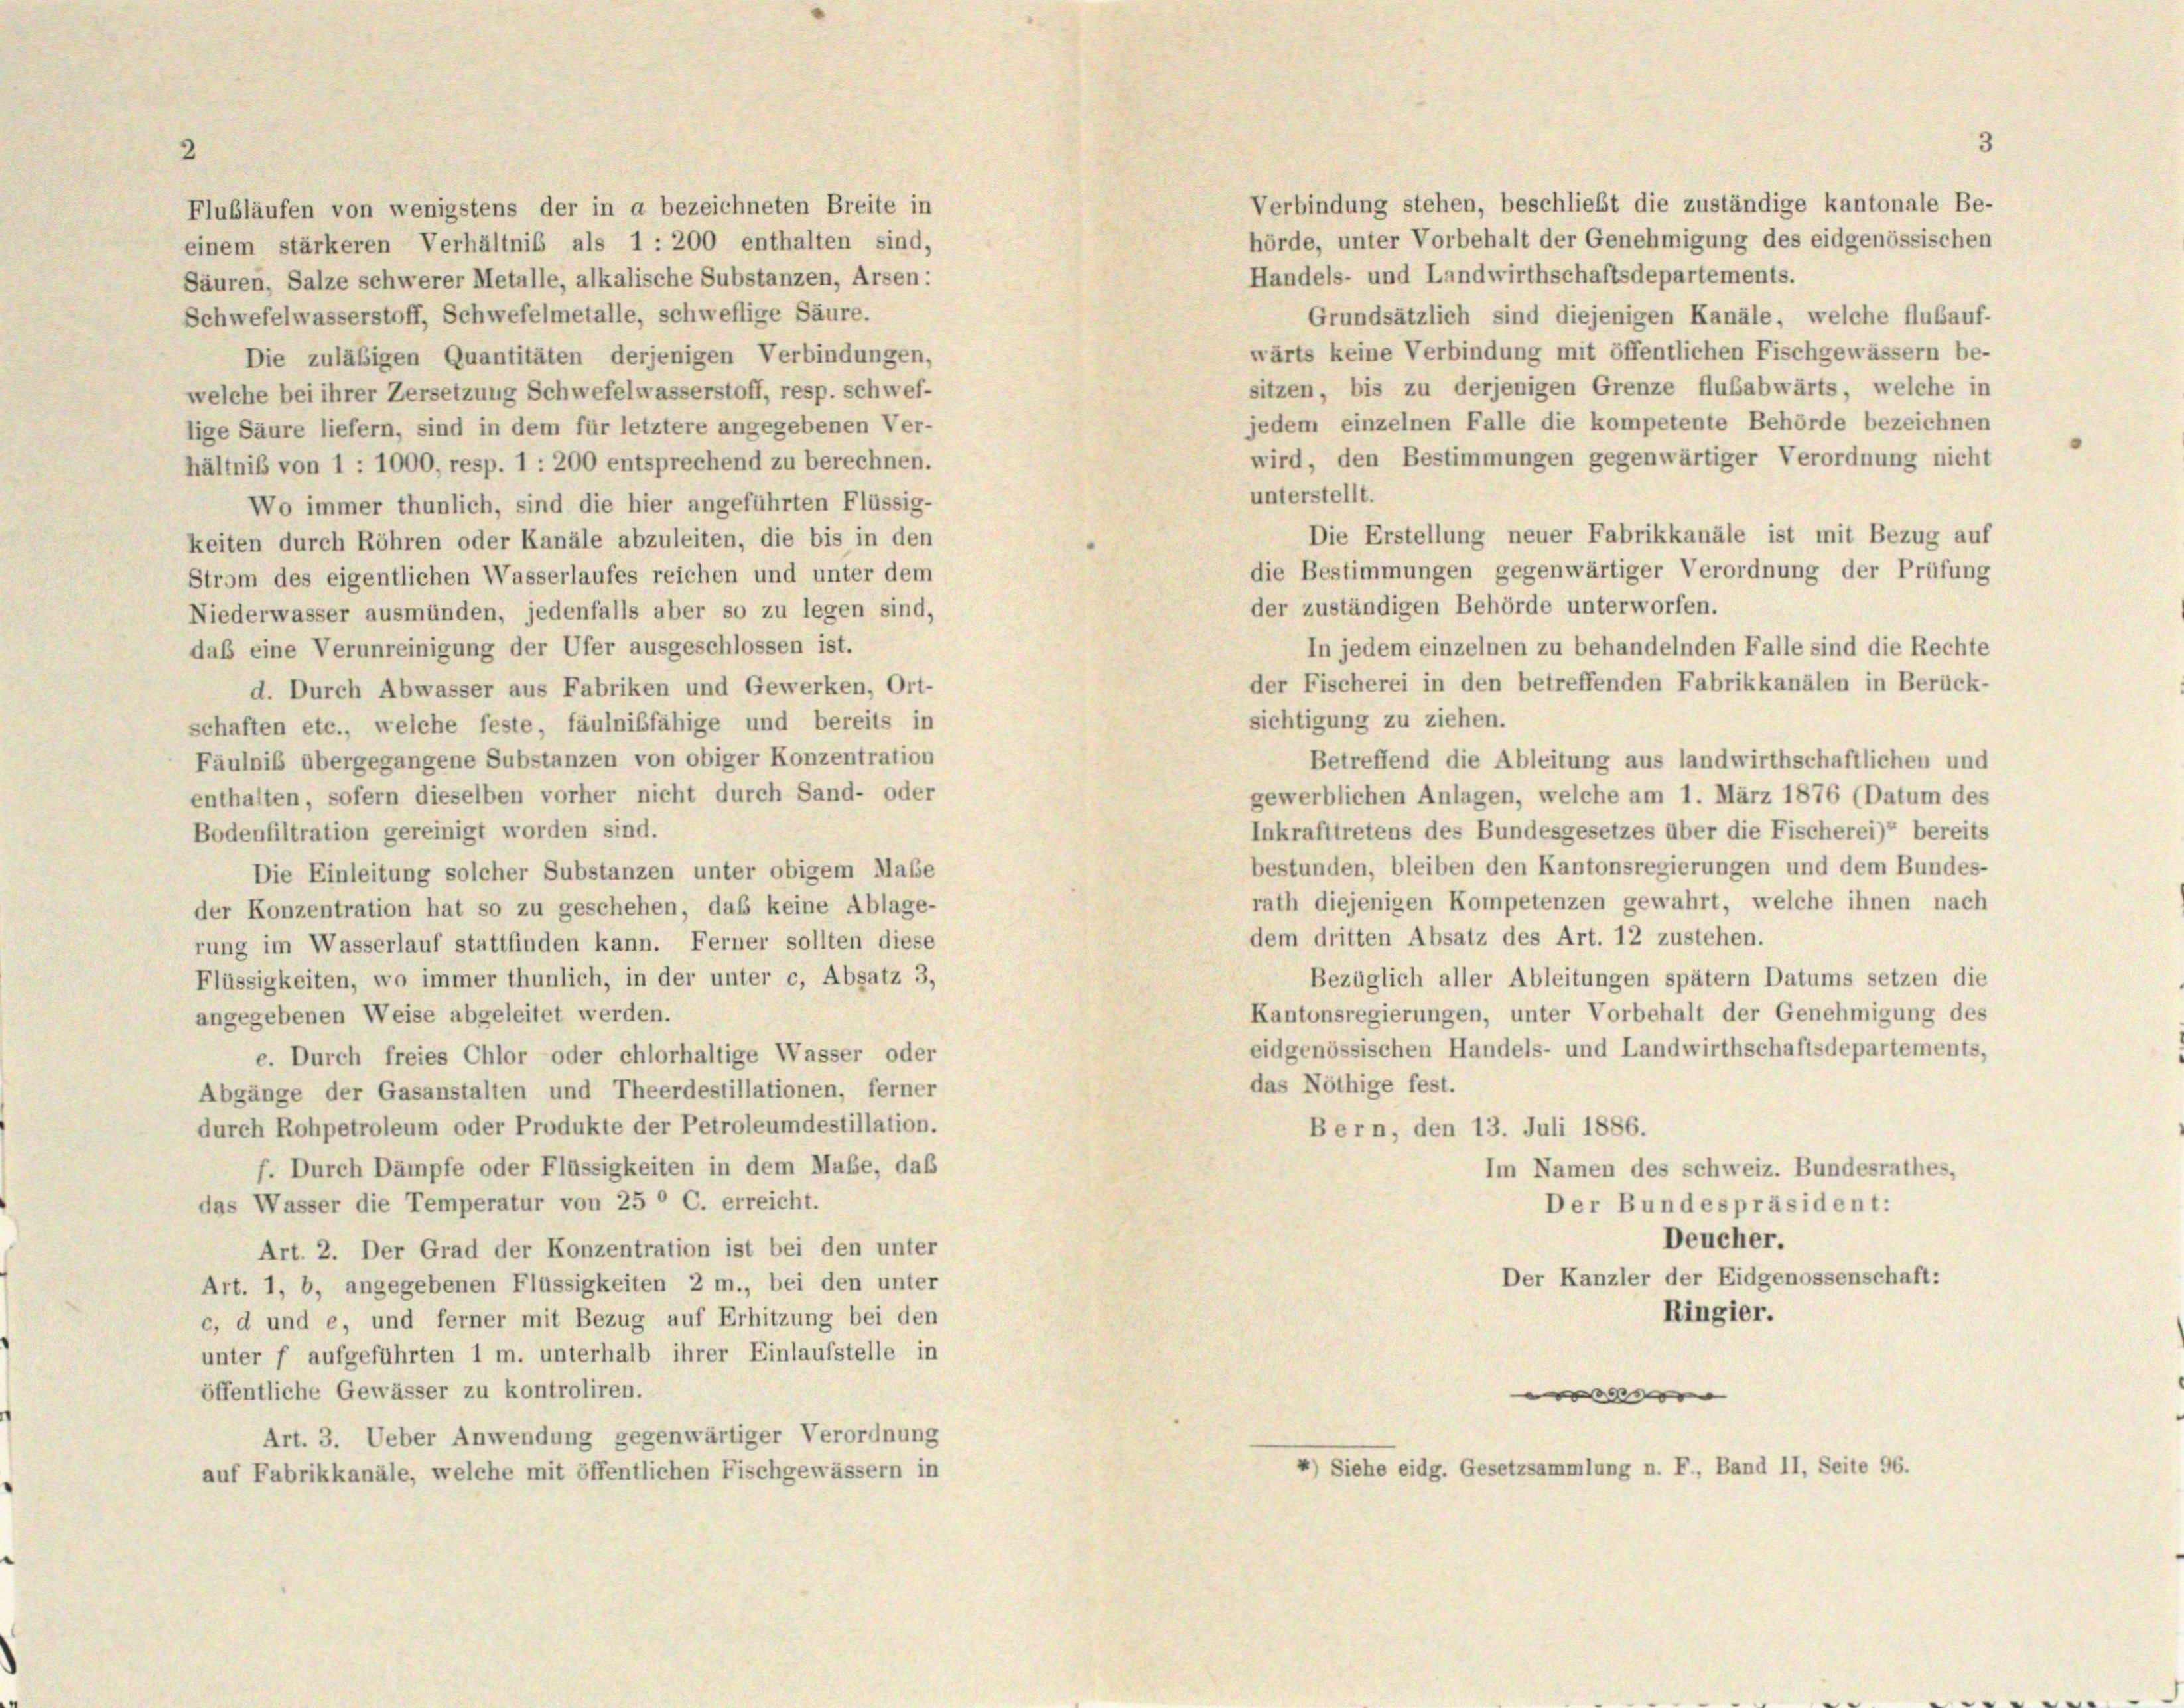
2

einem stärkeren Verhältnis als 1 : 200 enthalten sind,
Säuren, Salze schwerer Metalle, alkalische Substanzen, Arsen:
Schwefelwasserstoff, Schwefelmetalle, schweflige Säure.
wärts keine Verbindung mit öffentlichen Fischgewässern be-
Die zuläßigen Quantitäten derjenigen Verbindungen,
sitzen, bis zu derjenigen Grenze flubabwärts, welche in
welche bei ihrer Zersetzung Schwefelwasserstoff, resp. schwef-
jedem einzelnen Falle die kompetente Behörde bezeichnen
lige Säure liefern, sind in dem für letztere angegebenen Ver-
wird, den Bestimmungen gegenwärtiger Verordnung nicht
hältnis von 1 : 1000, resp. 1 : 200 entsprechend zu berechnen.
unterstellt.
Wo immer thunlich, sind die hier angeführten Flüssig-
Die Erstellung neuer Fabrikkanäle ist mit Bezug auf
keiten durch Röhren oder Kanäle abzuleiten, die bis in den
die Bestimmungen gegenwärtiger Verordnung der Prüfung
Strom des eigentlichen Wasserlaufes reichen und unter dem
der zuständigen Behörde unterworfen.
Niederwasser ausmünden, jedenfalls aber so zu legen sind,
daß eine Verunreinigung der Ufer ausgeschlossen ist.
In jedem einzelnen zu behandelnden Falle sind die Rechte
der Fischerei in den betreffenden Fabrikkanälen in Berück-
d. Durch Abwasser aus Fabriken und Gewerken, Ort-
sichtigung zu ziehen.
schaften etc., welche feste, fäulnibfähige und bereits in
Fäulniß übergegangene Substanzen von obiger Konzentration
Betreffend die Ableitung aus landwirthschaftlichen und
gewerblichen Anlagen, welche am 1. März 1876 (Datum des
enthalten, sofern dieselben vorher nicht durch Sand- oder
Inkrafttretens des Bundesgesetzes über die Fischerei)“ bereits
Bodenfiltration gereinigt worden sind.
bestunden, bleiben den Kantonsregierungen und dem Bundes-
Die Einleitung solcher Substanzen unter obigem Maße
rath diejenigen Kompetenzen gewahrt, welche ihnen nach
der Konzentration hat so zu geschehen, daß keine Ablage-
dem dritten Absatz des Art. 12 zustehen.
rung im Wasserlauf stattfinden kann. Ferner sollten diese
Bezüglich aller Ableitungen spätem Datums setzen die
Flüssigkeiten, wo immer thunlich, in der unter c, Absatz 3,
Kantonsregierungen, unter Vorbehalt der Genehmigung des
angegebenen Weise abgeleitet werden.
eidgenössischen Handels- und Landwirthschaftsdepartements,
e. Durch freies Chlor oder chlorhaltige Wasser oder
das Nöthige fest.
Abgänge der Gasanstalten und Theerdestillationen, ferner
durch Rohpetroleum oder Produkte der Petroleumdestillation.
Bern, den 13. Juli 1886.
f. Durch Dämpfe oder Flüssigkeiten in dem Mabe, daß
Im Namen des Schweiz. Bundesrathes,
das Wasser die Temperatur von 25 ° C. erreicht.
Der Bundespräsident:
Deucher.
Art. 2. Der Grad der Konzentration ist bei den unter
Der Kanzler der Eidgenossenschaft:
Art. 1, b, angegebenen Flüssigkeiten 2 m., bei den unter
Ringier.
c, d und e, und ferner mit Bezug auf Erhitzung bei den
unter f aufgeführten 1 m. unterhalb ihrer Einlaufstelle in
öffentliche Gewässer zu kontroliren.
|
Art. 3. Ueber Anwendung gegenwärtiger Verordnung
*) Siehe eidg. Gesetzsammlung n. F., Band II, Seite 96.
auf Fabrikkanäle, welche mit öffentlichen Fischgewässern in

Flubläufen von wenigstens der in a bezeichneten Breite in

Verbindung stehen, beschließt die zuständige kantonale Be-
hörde, unter Vorbehalt der Genehmigung des eidgenössischen
Handels- und Landwirthschaftsdepartements.
Grundsätzlich sind diejenigen Kanäle, welche flubauf-